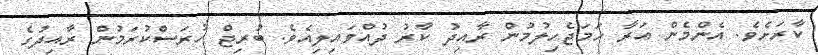
ކާރަށެވެ. އެންމެން އަރާ ހަމަޖެހިލުމުން ރާއިދު ކާރު ދުއްވައިލިއެވެ. ބުރިޖް ހުރަސްކުރަމުން ރާއިދުގެ